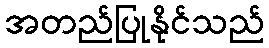
အတည်ပြုနိုင်သည်